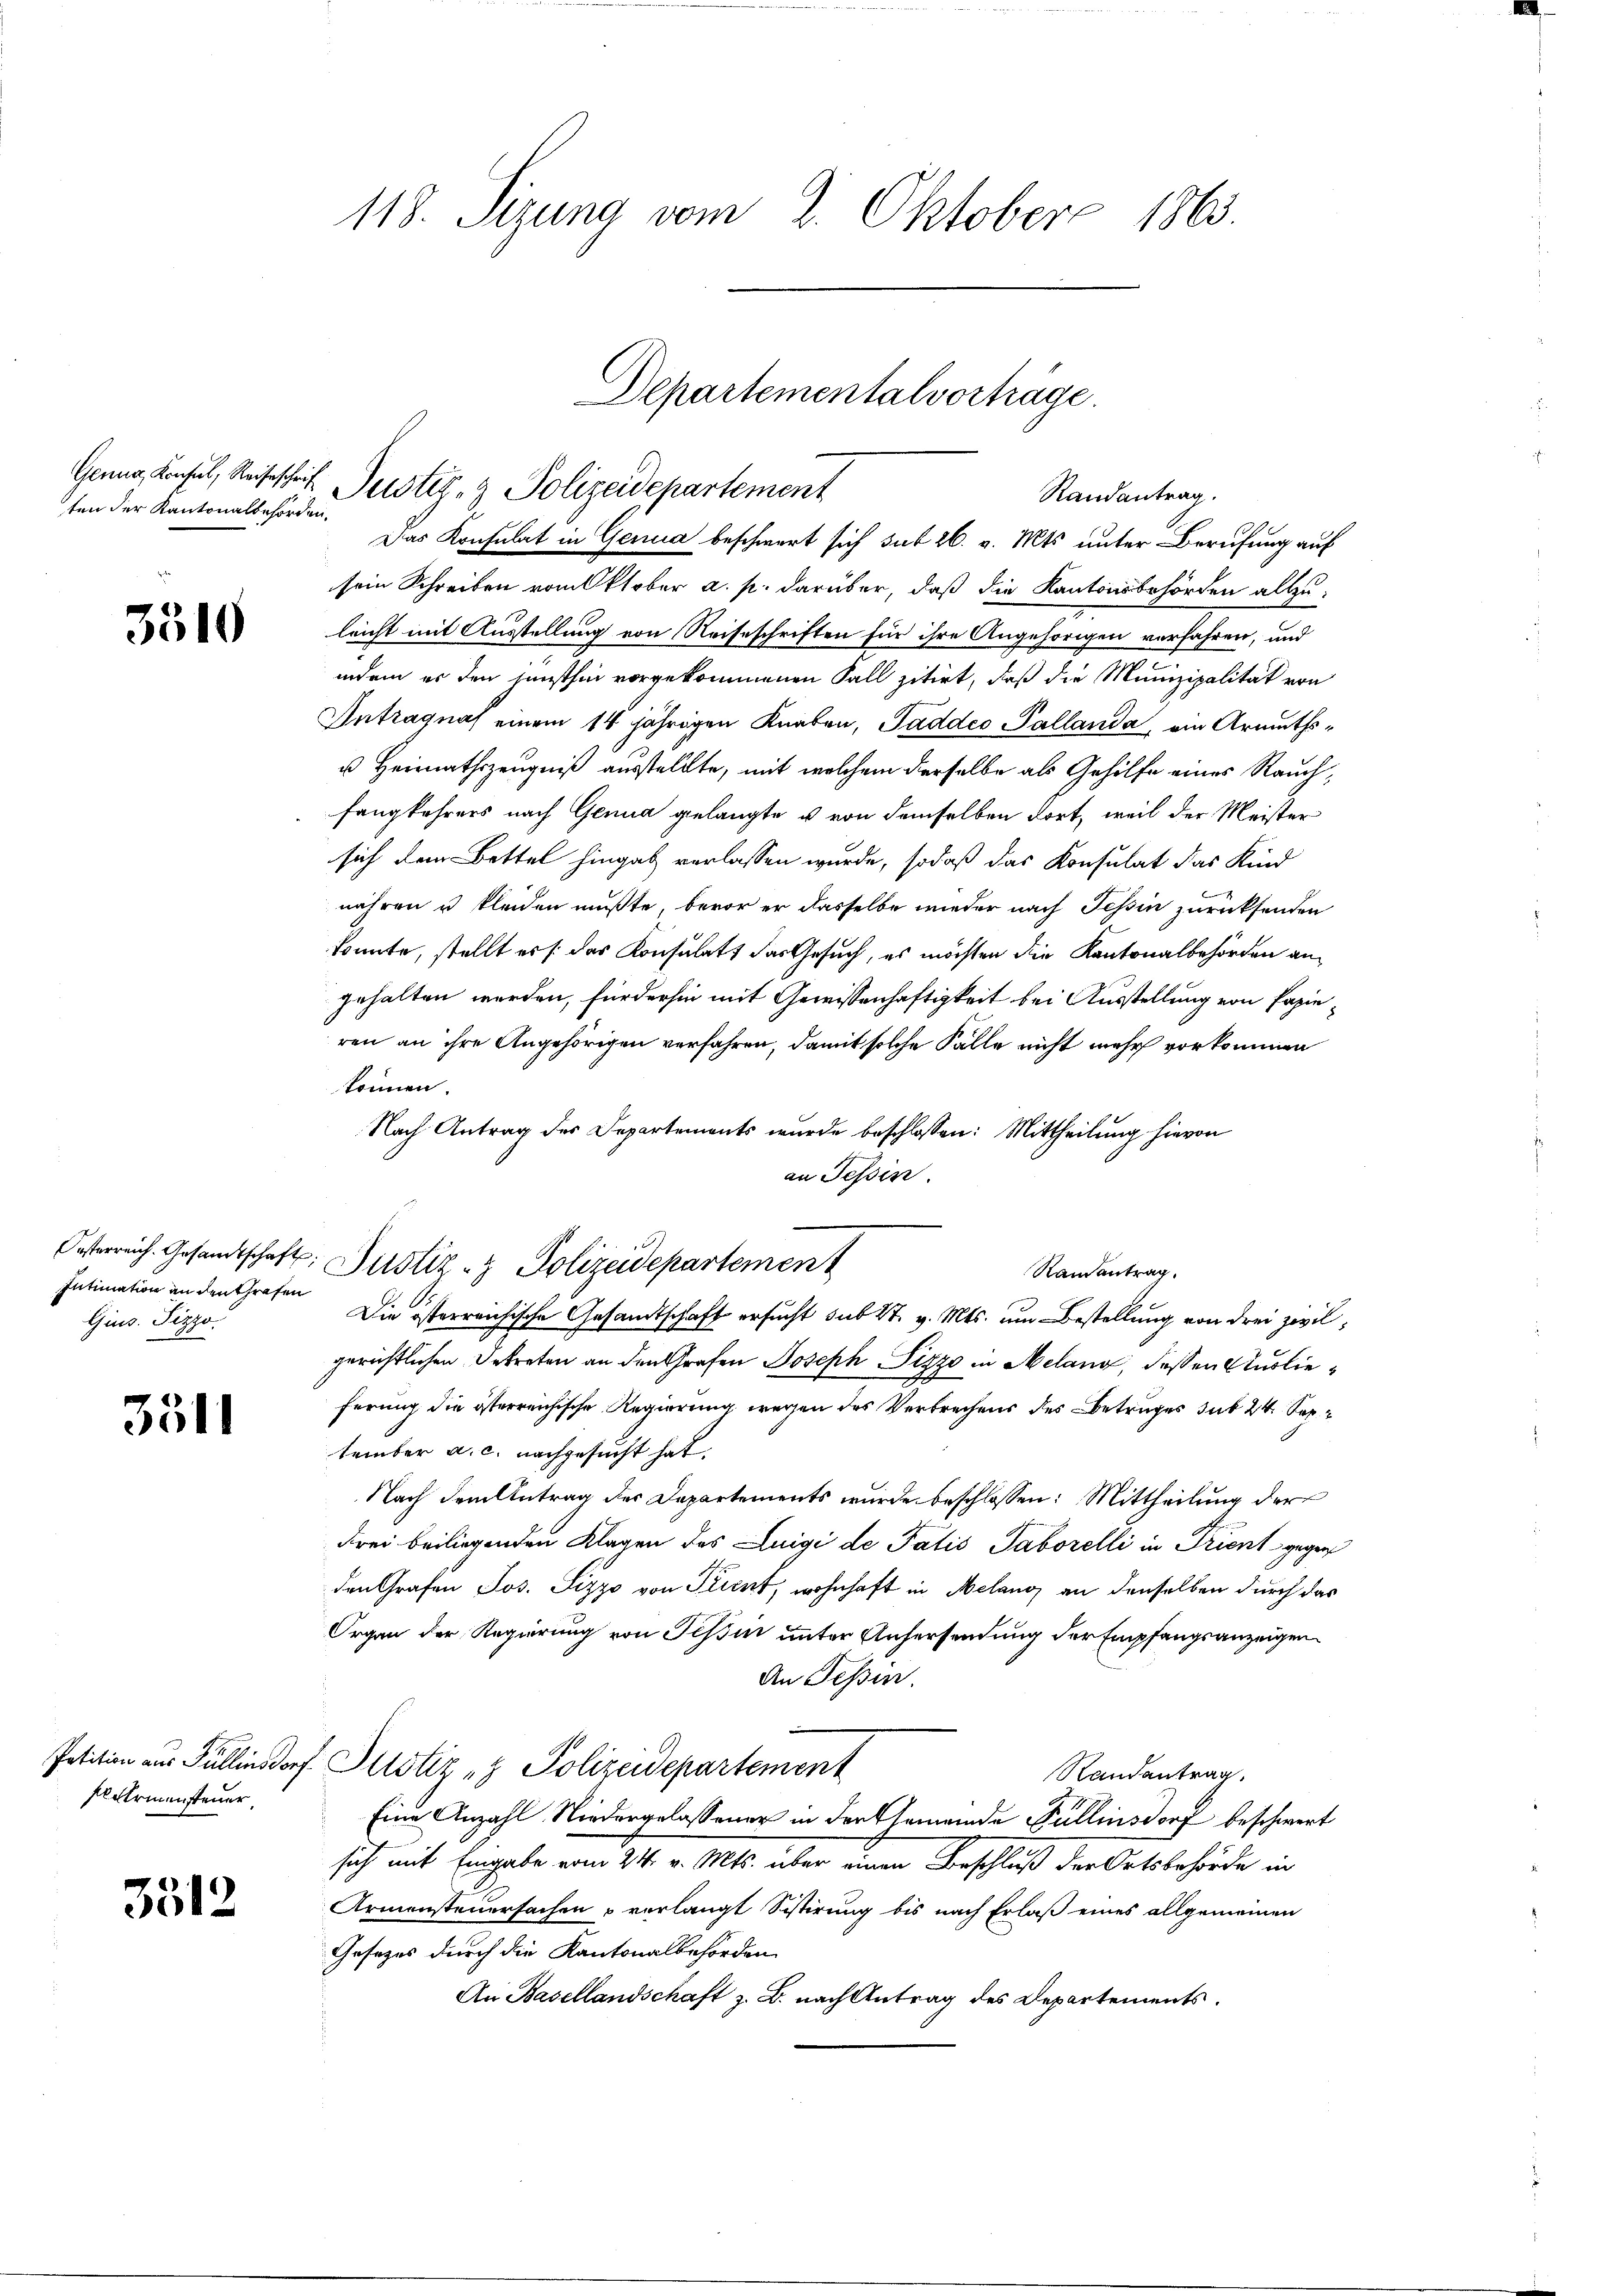
ten der Kantonalbehörden.

3310

Intimation an den Grafen
Gius. Pizzo.

3511

fl Armensteuer

3512

118. Sizung vom 2. Oktober 1863.

Das Konsulat in Genua beschwert sich sub 26. v. Mts unter Berufung auf
sein Schreiben vom Oktober a. p. darüber, daß die Kantonsbehörden allzu-
leicht mit Ausstellung von Reiseschriften für ihre Angehörigen verfahren, und
indem es den sunsthin vorgekommenen Fall zitirt, daß die Munizipalität von
Antragnas einem 14 jährigen Knaben, Paddes Pallanda, ein Armuths¬
u Heimathszeugniß ausstellte, mit welchem derselbe als Gehilfe eines Rauchfangkehrers nach Genua gelangte u von demselben dort, weil der Meister
sich dem Bettel hingab verlassen wurde, sodaß das Konsulat das Kind
nähren u kleiden mußte, bevor er dasselbe wieder nach Tessin zurücksenden
konnte, stellt er /: das Konsulats das Gesuch, es möchten die Kantonalbehörden angehalten werden, fürderhin mit Gewissenhaftigkeit bei Ausstellung von Papie
ren an ihre Angehörigen verfahren, damit solche Fälle nicht mehr vorkommen
können.
Nach Antrag des Departements wurde beschlossen: Mittheilung hievon
an Tessin
Ramantrag
Die österreichische Gesandtschaft ersucht sub 27. v. Mts. um Bestellung von drei zwilgerichtlichen Betreten an den Grafen Joseph Pizzo in Melang, dessen Auslieferung die österreichische Regierung wegen des Verbrechens des Betruges sub 24. September a. c. nachgesucht hat.
Nach dem Antrag des Departements wurde beschlossen: Mittheilung der
Frei beiliegenden Klagen des Luigi de Paris Taborelli in Trient gegen
den Grafen Jos. Sizzo von Trient, wohnhaft in Melang an denselben durch das
Organ der Regierung von Tessin unter Aufersendung der Empfangsanzeigen
An Tessin.
Petition aus Füllensdorf Justiz - Polizeidepartement
Randantrag.
Eine Anzahl Niedergelassener in der Gemeinde Pullinsdorf beschwert
sich mit Eingabe vom 24. v. Mts. über einen Beschluß der Ortsbehörde in
Armensteuersachen u verlangt Sistirung bis nach Erlaß eines allgemeinen
Gesezes durch die Kantonalbehörden
An Basellandschaft z. B. nach Antrag des Departements.

Departementalvorträge
Genug, Konsul, Reiseschrif Justiz- & Polizeidepartement
Randantrag.

Osterreich. Gesandtschaft: Justiz- & Polizeidepartement